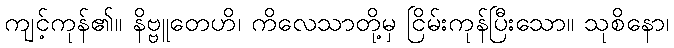
ကျင့်ကုန်၏။ နိဗ္ဗူတေဟိ၊ ကိလေသာတို့မှ ငြိမ်းကုန်ပြီးသော။ သုစိနော၊